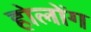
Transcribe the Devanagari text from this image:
होलोंग